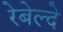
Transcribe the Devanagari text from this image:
रेबेल्दे